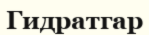
Гидратгар